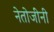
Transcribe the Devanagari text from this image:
नेतोजींनी